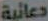
دعائية